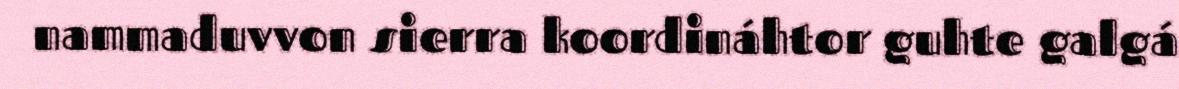
nammaduvvon sierra koordináhtor guhte galgá